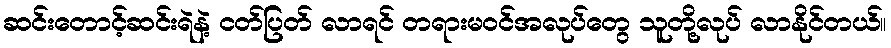
ဆင်းတောင့်ဆင်းရဲနဲ့ ငတ်ပြတ် လာရင် တရားမဝင်အလုပ်တွေ သူတို့လုပ် လာနိုင်တယ်။